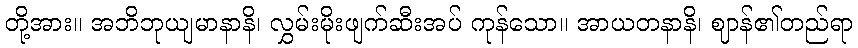
တို့အား။ အဘိဘုယျမာနာနိ၊ လွှမ်းမိုးဖျက်ဆီးအပ် ကုန်သော။ အာယတနာနိ၊ ဈာန်၏တည်ရာ